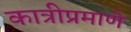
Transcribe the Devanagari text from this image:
कात्रीप्रमाणे